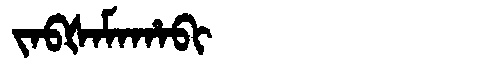
Manchu: ᠵᠠᠪᡧᠠᠮᠠᡥᠠᠪᡳ
Romanization: JABŠAMAHABI